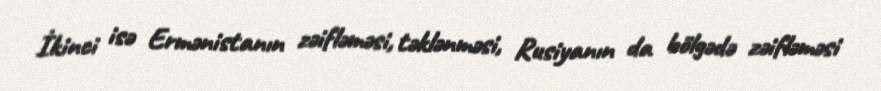
İkinci isə Ermənistanın zəifləməsi, təklənməsi, Rusiyanın da bölgədə zəifləməsi